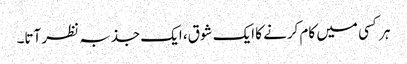
ہر کسی میں کام کرنے کا ایک شوق، ایک جذبہ نظر آتا۔